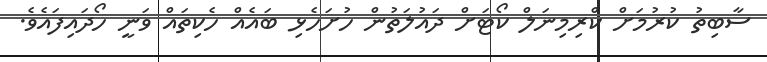
ސާބިތު ކުރުމަށް ކްރިމިނަލް ކޯޓަށް ދައުލަތުން ހުށަހެޅި ބައެއް ހެކިތައް ވަނީ ހޯދައިފައެވެ.